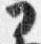
フ